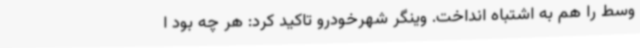
وسط را هم به اشتباه انداخت. وینگر شهرخودرو تاکید کرد: هر چه بود ا